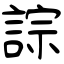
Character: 誴